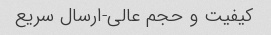
کیفیت و حجم عالى-ارسال سریع